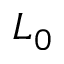
L _ { 0 }